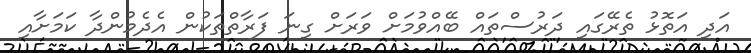
އަދި އަތޮޅު ތެރޭގައި ދަރުސްތައް ބޭއްވުމަށް ވަރަށް ގިނަ ފަރާތްތަކުން އެދެމުންދާ ކަމަށާއި